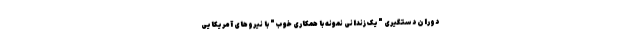
دوران دستگیری "یک زندانی نمونه با همکاری خوب" با نیرو‌های آمریکایی